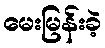
မေးမြန်းခဲ့